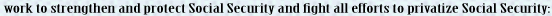
work to strengthen and protect Social Security and fight all efforts to privatize Social Security: